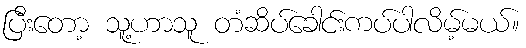
ပြီးတော့ သူ့ဟာသူ တံဆိပ်ခေါင်းကပ်ပါလိမ့်မယ်။